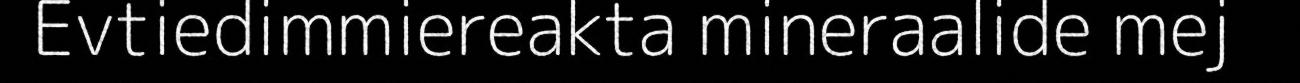
Evtiedimmiereakta mineraalide mej